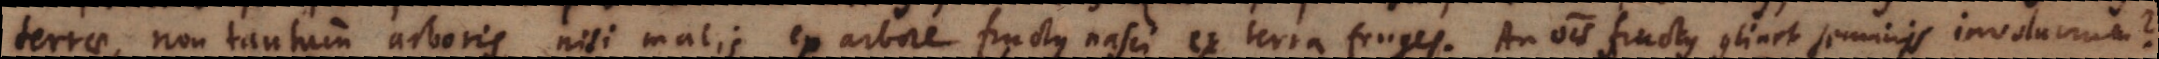
terrae, non tantum arboris, nisi malis ex arbore fructus nasci, ex terra fruges. An omnis fructus continet seminis invo